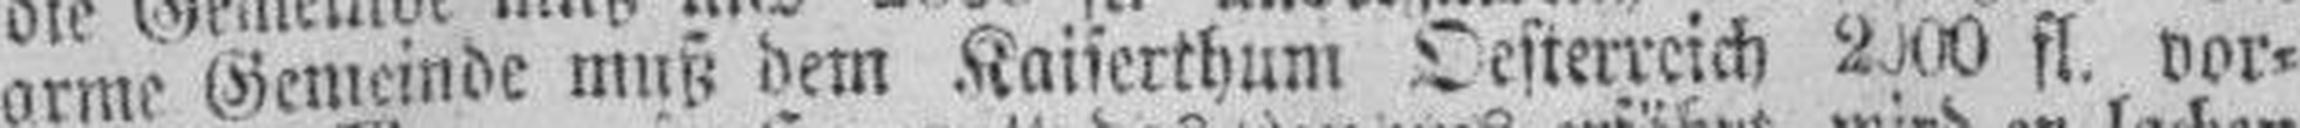
arme Gemeinde muß dem Kaiserthum Oesterreich 2000 fl. vor¬